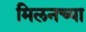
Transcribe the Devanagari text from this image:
मिलनच्या